Vana-Antsla_vallavalitsus, lk 86
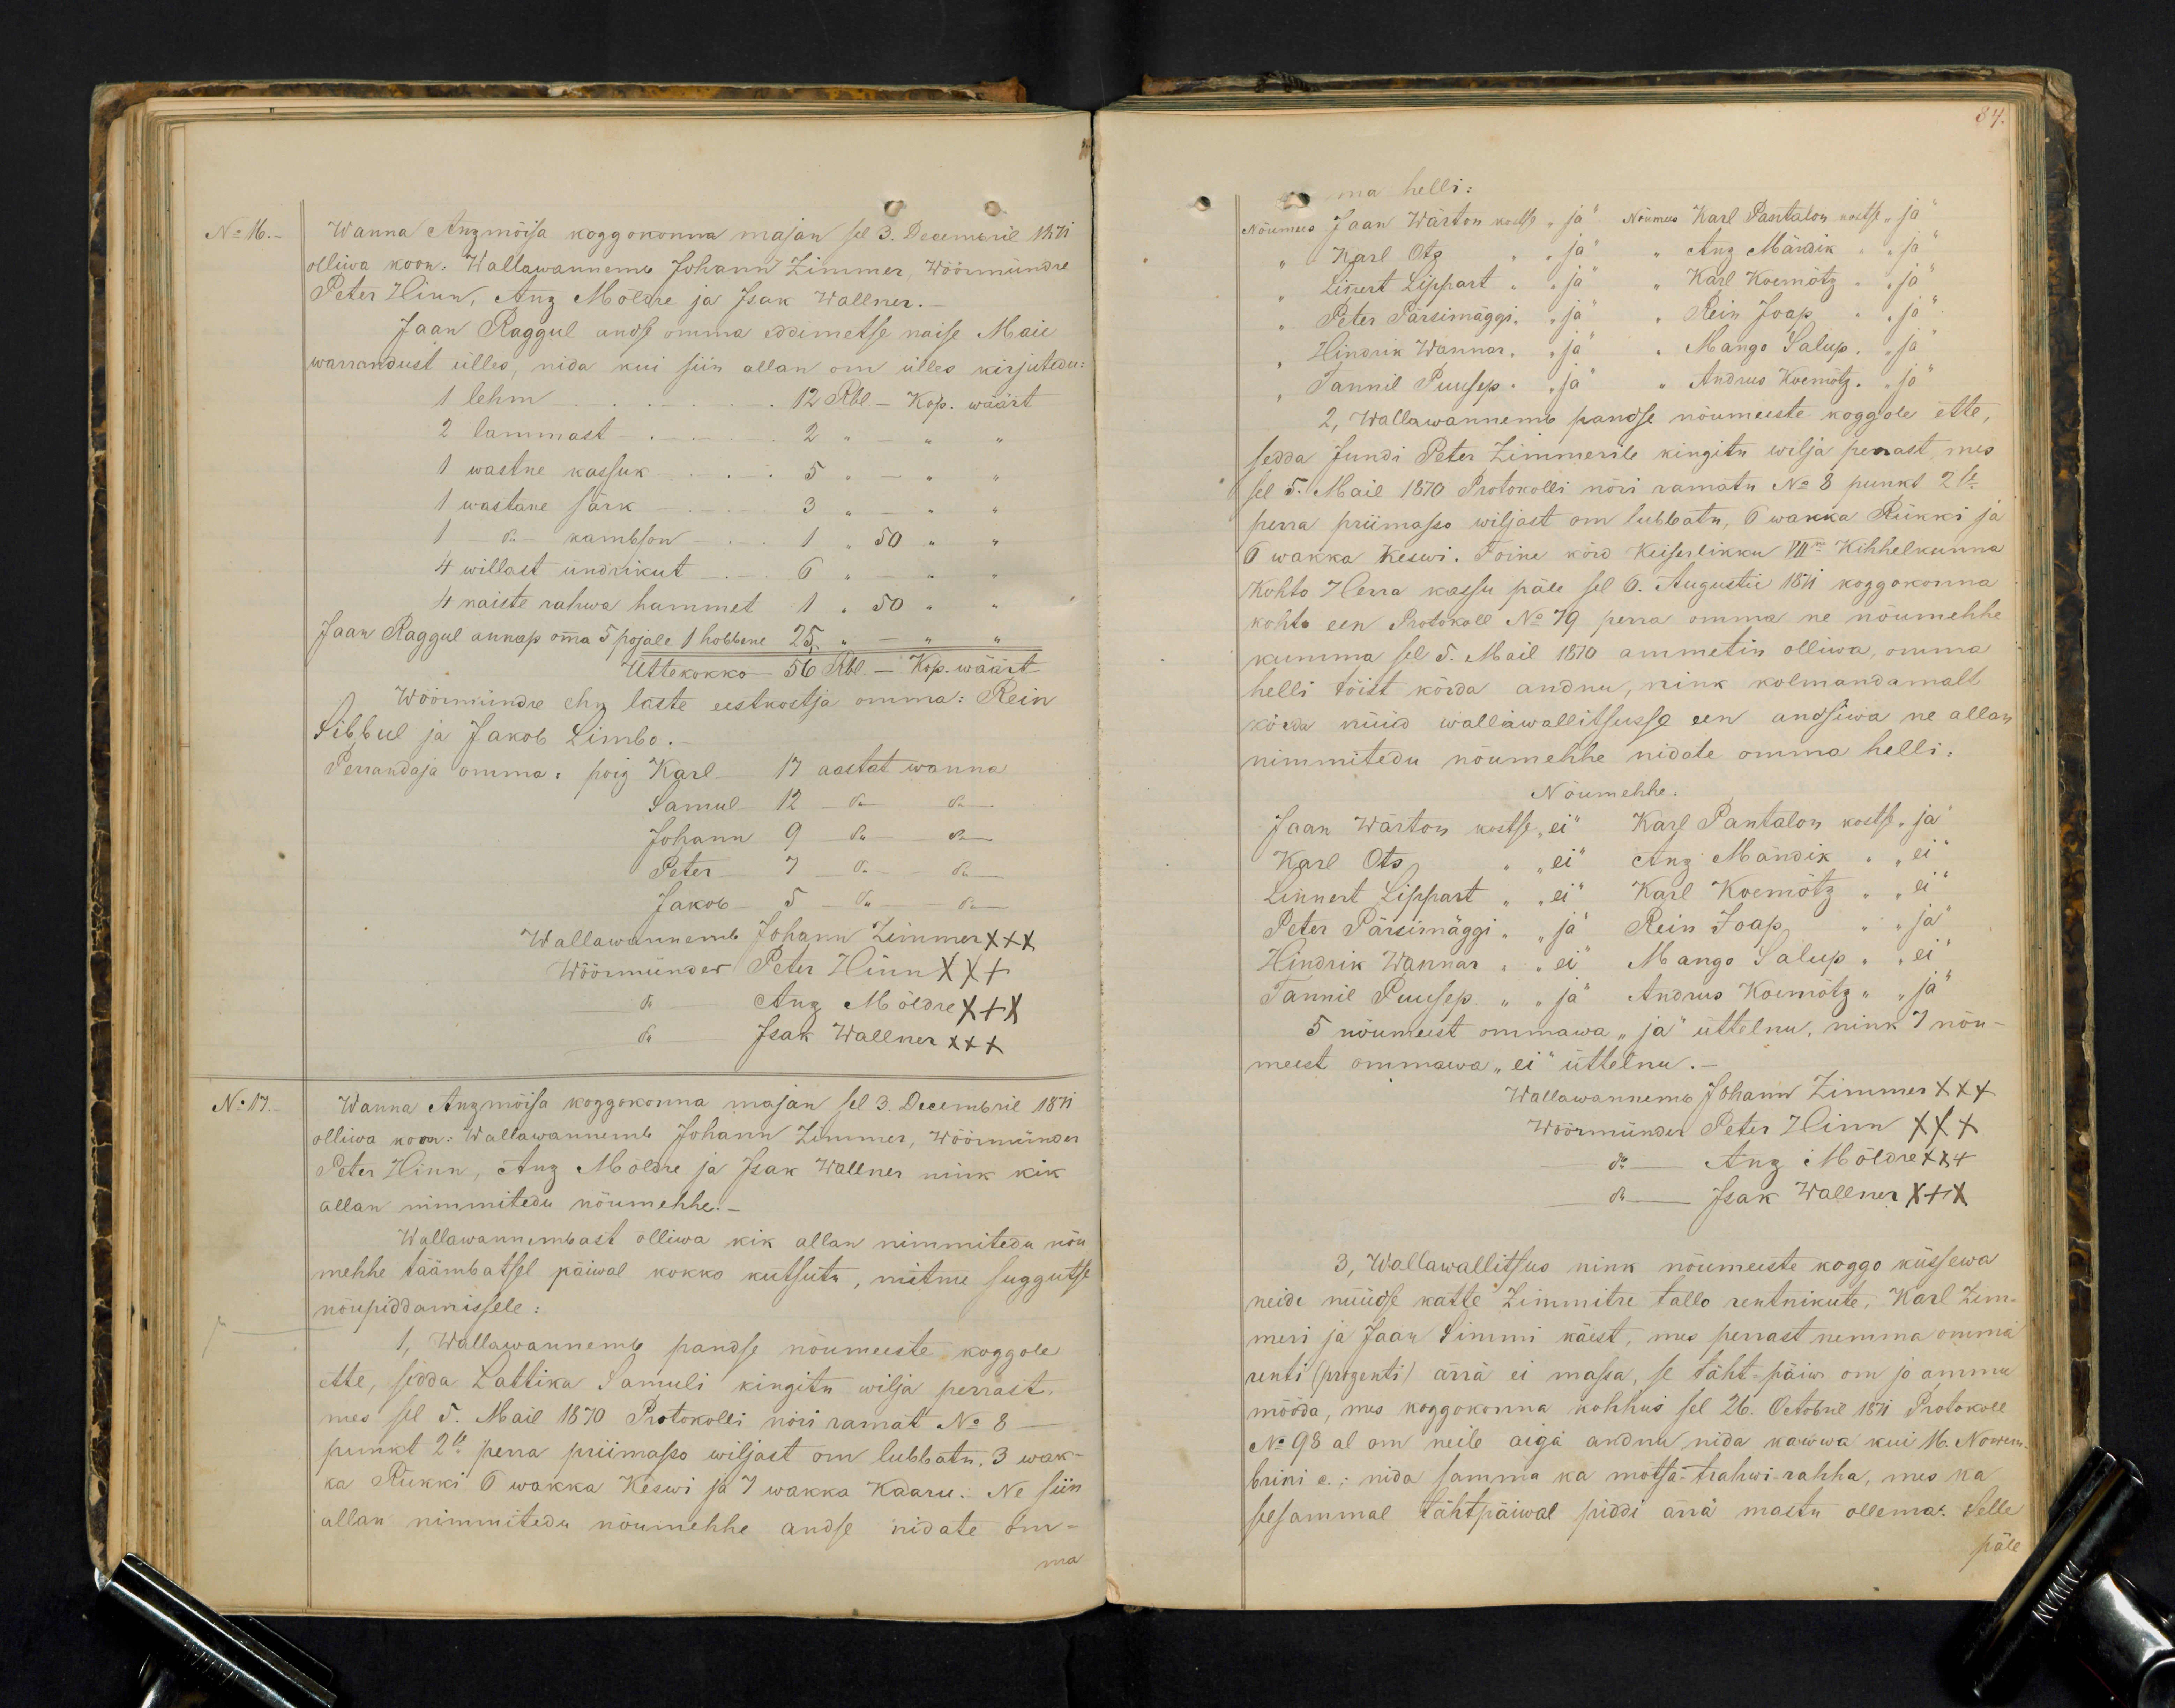
No 16.
Wanna Anzimõisa koggokonna majan sel 3. Decembril 1871
olliwa koon. Wallawannemb Johann Zimmer, Wöörmündre
Peter Hinn, Anz Möldre ja Isak Wallner.-
Jaan Raggul andse omma eddimetse naise Maie
warrandust ülles, nida kui siin allan om ülles kirjutedu
1 lehm 12 Rbl. - Kop. wäärt
2 lammast - - 2 " - "
1 wastne kassuk - 5 " - "
1 wastane särk - 3 " - "
1 - do kambson - 1 " 50 "
4 willast ündrikut - 6 " - " "
4 naiste rahwa hammet 1 " 50 "
Jaan Raggul annap omma 5 pojale 1 hobbene 25, " " "
Wöörmündre ehk laste eestkostja omma: Rein
Üttekokko - 56 Rbl. - Kop. wäärt
Sibbul ja Jakob Limbo - 14 sept wanna
Perrandaja omma: poig Karl 17 aastat wanna
Samul 12 do do
Johann 9 do do
Peter 7  do do
Jakob 5 do do
Wallawannemb Johann Zimmer XXX
Wöörmünder Peter Hinn XXX
do Anz Möldre XXX
do Isak Wallner XXX
No 17.
Wanna Anzmoisa koggokonna majan sel 3. Decembril 1871
olliwa koon: Wallawannemb Johann Zimmer, Wöörmünder
Peter Hinn, Anz Möldre ja Isak Wallner nink kik
allan nimmitedu nõumehhe.
Wallawannembast olliwa kik allan nimmitedu nõu-
mehhe täämbatsel päiwal kokko kutsutu, mitme suggutse
nõupiddamissele:
1, Wallawannemb pandse nõumeeste koggole
ette, sedda Lattika Samuli kingitu wilja perrast,
mes sel 5. Mail 1870 Protokolli nori ramat No 8
punkt 2 le perra priimass wiljast on lubbatu. 3 wak-
ka Rükki 6 wakka Keswi ja 7 Wakka Kaaru. Ne siin
allan nimmitudu nõumehhe andse nidate om-

84.
ma helli:
Nõumees Jaan Wärton kostse "ja" Nõumees Karl Pantalon kostse, "ja
" Karl Otz " "ja" " Anz Mändik " "ja"
" Linert Lippart " "ja" " Karl Koemõtz " "ja"
" Peter Pärsimäggi," "ja" " Rein Joap " "ja"
" Hindrik Wannar, " "ja" " Mango Salup, " "ja"
" Tannil Puusep. " "ja" " Andrus Koemõtz." "ja"
2. Wallawannemb pandse nõumeeste koggole ette,
sedda Jundi Peter Zimmerile kingitu wilja perrast, mis
sel 5. Mail 1870 Protokolli nõri ramatu No 8 punkt 2le
perra priimasso wiljast on lubbatu, 6 wakka Rükki ja
6 wakka Keswi. Toine kõrd Keiserlikku VIIne Kihhelkonna
Kohto Herra kassu päle sel 6. Augusti 1871 koggokonna
kohto een Protokoll No 79 perra omma ne nõumehhe
kumma sel 5. Mail 1870 ammetin olliwa, omma
helli töist kõrda andnu, nink kolmandamalt
kõrda nüid wallawallitsusse een andsiwa ne allan
nimmitedu nõumehhe nidate omma helli:
Nõumehhe.
Jaan Wärton kortse, "ei" Karel Pantalon kostse, "ja"
Karl Ots, " "ei" Anz Mändik " "ei"
Linnert Lippast " "ei" Karl Koemõtz " "ei"
Peter Pärsimäggi " "ja" Rein Joap " "ja"
Hindrik Wannar, " "ei" Mango Salup " "ei"
Tannil Puusep. " "ja" Andrus Komõtz " "ja"
5 nöumeest ommawa "ja" üttelnu, nink 7 nöu-
meest ommawa "ei" üttelnu. -
Wallawannemb Johann Zimmer XXX
Wöörmünder Peter Hinn XXX
do - Anz Mõldre x 24
do. Isak Wallner XXX
3. Wallawallitsus nink nõumeeste koggo küssewa
neide nüüdse katte Zimmitre tallo rentnikute, Karl Zim-
meri ja Jaan Simmi käest, mis perrast nemma omma
renti (prozenti) ärrä ei massa, se täht-päiw om jo ammu
mööda, mes koggokonna kohhus sel 26. Octobril 1871 Protokoll
No 98 al om neile aiga andnu nida kawwa kui 16. Nowem-
brini c. ; nida samma ka mõtsa-trahwi-rahha, mes ka
sesammal tähtpäiwal piddi ärrä mastu ollema. Selle